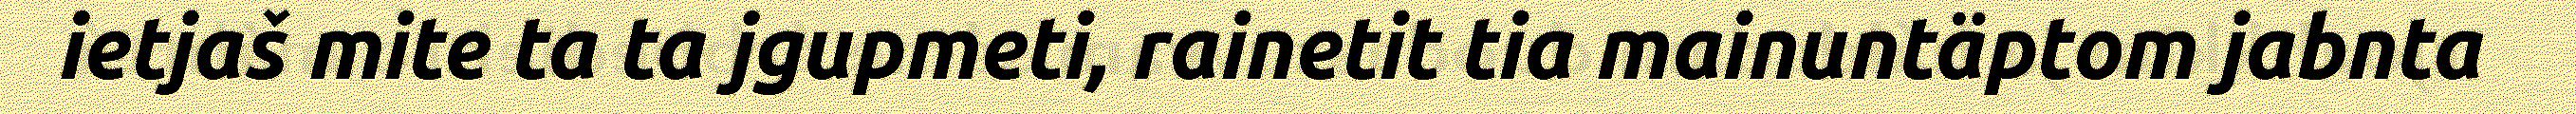
ietjaš mite ta ta jgupmeti, rainetit tia mainuntäptom jabnta